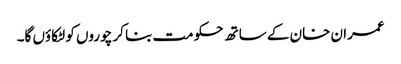
عمران خان کے ساتھ حکومت بنا کر چوروں کو لٹکاؤں گا۔